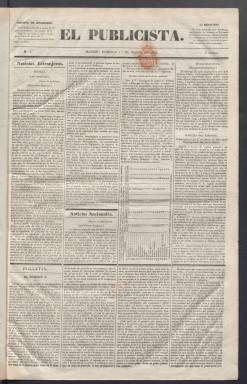
Título: El Publicista (Madrid)
Colección: Periódicos anteriores a 1850
Ámbito geográfico: Madrid
Lugar de publicación: Madrid
Fechas: 01/03/1840-15/04/1840